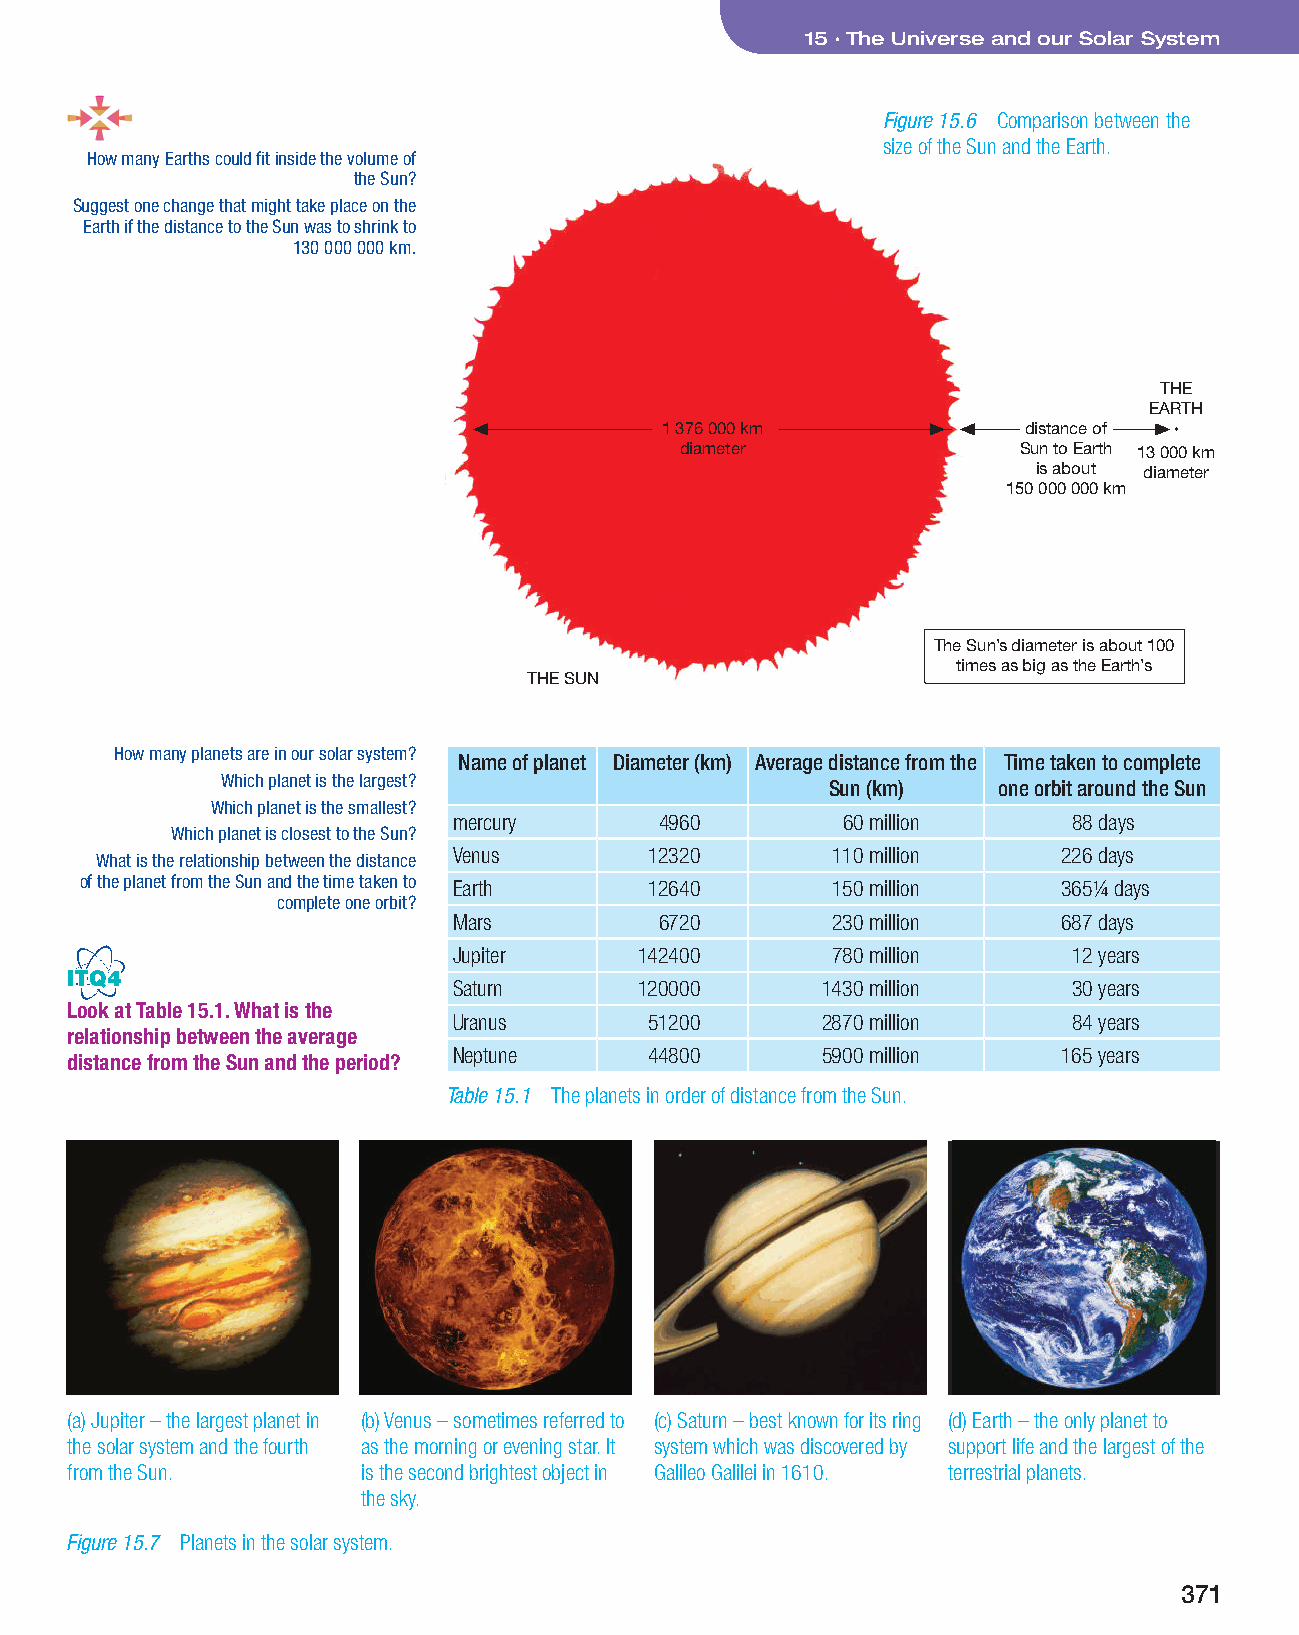
15 • The Universe and our Solar System
 Figure 15.6 Comparison between the
 size of the Sun and the Earth.
 How many Earths could fit inside the volume of
 the Sun?
 Suggest one change that might take place on the
 Earth if the distance to the Sun was to shrink to
 130 000 000 km.
 THE
 EARTH
 1 376 000 km            distance of
 diameter              Sun to Earth 13 000 km
 is about diameter
 150 000 000 km
 The Sun’s diameter is about 100
 times as big as the Earth’s
 THE SUN
 How many planets are in our solar system?
 Name of planet Diameter (km) Average distance from the Time taken to complete
 Which planet is the largest?
 Sun (km)   one orbit around the Sun
 Which planet is the smallest?
 mercury      4960         60 million     88 days
 Which planet is closest to the Sun?
 Venus        12320       110 million    226 days
 What is the relationship between the distance
 of the planet from the Sun and the time taken to Earth 12640 150 million 365¼ days
 complete one orbit?
 Mars         6720        230 million    687 days
 Jupiter     142400       780 million     12 years
 ITQ4
 Saturn      120000      1430 million     30 years
 Look at Table 15.1. What is the
 Uranus       51200      2870 million     84 years
 relationship between the average
 Neptune      44800      5900 million    165 years
 distance from the Sun and the period?
 Table 15.1 The planets in order of distance from the Sun.
 (a) Jupiter – the largest planet in (b) Venus – sometimes referred to (c) Saturn – best known for its ring (d) Earth – the only planet to
 the solar system and the fourth as the morning or evening star. It system which was discovered by support life and the largest of the
 from the Sun.       is the second brightest object in Galileo Galilei in 1610. terrestrial planets.
 the sky.
 Figure 15.7 Planets in the solar system.
 371
 CSEC Int Sci txt.indb 371                                                    09/11/2016 13:26